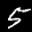
Label: 5